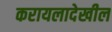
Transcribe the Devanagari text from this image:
करायलादेखील